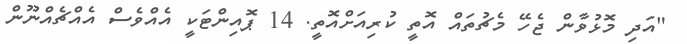
"އަދި މޮޅުވާން ޖެހޭ މެޗުތައް އޮތީ ކުރިއަށްއޮތީ. 14 ޕޮއިންޓަކީ އެއްވެސް އެއްޗެއްނޫން